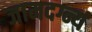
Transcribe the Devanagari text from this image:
जामदग्न्यं